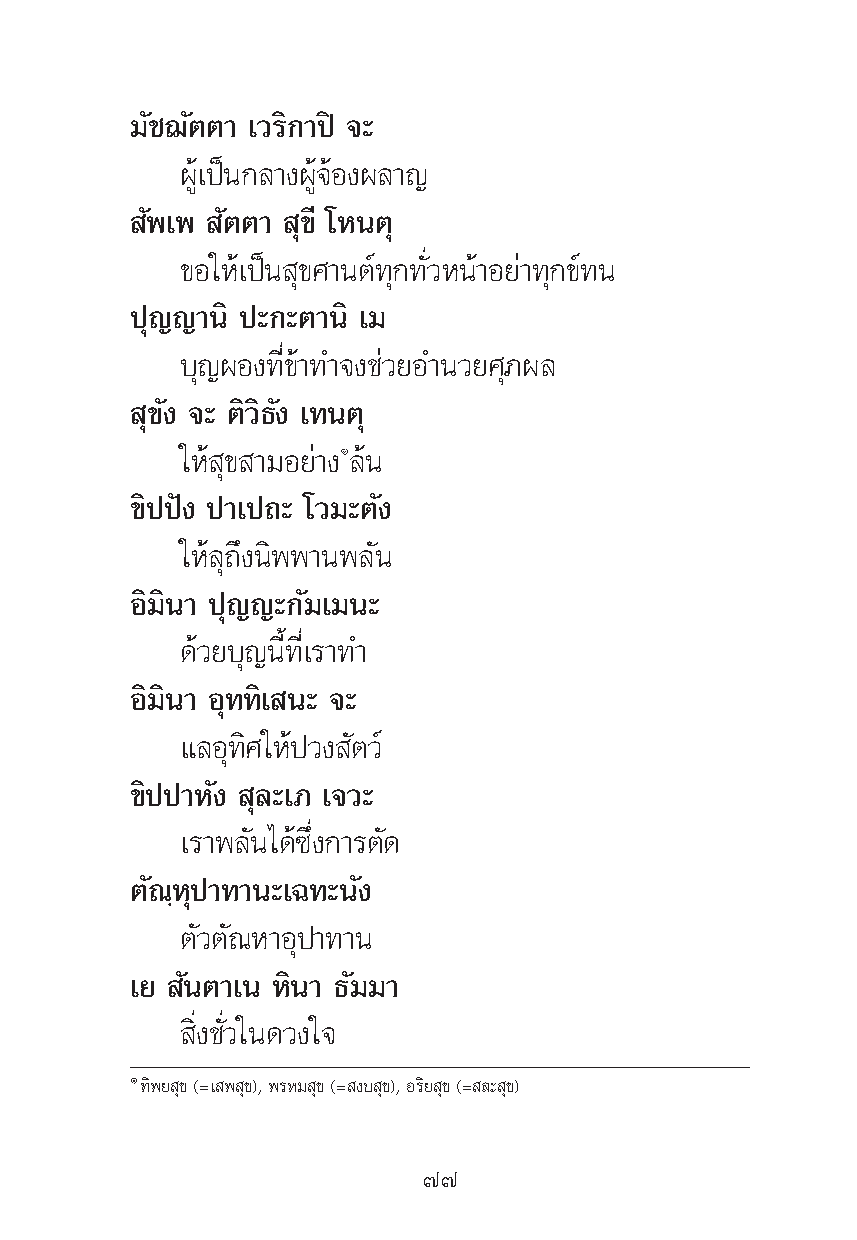
¡—™¨—μμ“ ‡«√‘°“ªî ®–
 ºŸâ‡ªìπ°≈“ßºŸâ®âÕßº≈“≠
 —æ‡æ —μμ“ ÿ¢’ ‚Àπμÿ
 ¢Õ„Àâ‡ªìπ ÿ¢»“πμå∑ÿ°∑—Ë«Àπâ“Õ¬à“∑ÿ°¢å∑π
 ªÿ≠≠“π‘ ª–°–μ“π‘ ‡¡
 ∫ÿ≠ºÕß∑’Ë¢â“∑”®ß™à«¬Õ”π«¬»ÿ¿º≈
 ÿ¢—ß ®– μ‘«‘∏—ß ‡∑πμÿ
 „Àâ ÿ¢ “¡Õ¬à“ßÒ≈âπ
 ¢‘ªªíß ª“‡ª∂– ‚«¡–μ—ß
 „Àâ≈ÿ∂÷ßπ‘ææ“πæ≈—π
 Õ‘¡‘π“ ªÿ≠≠–°—¡‡¡π–
 ¥â«¬∫ÿ≠π’È∑’Ë‡√“∑”
 Õ‘¡‘π“ Õÿ∑∑‘‡ π– ®–
 ·≈Õÿ∑‘»„Àâª«ß —μ«å
 ¢‘ªª“À—ß ÿ≈–‡¿ ‡®«–
 ‡√“æ≈—π‰¥â´÷Ëß°“√μ—¥
 μ—≥⁄Àÿª“∑“π–‡©∑–π—ß
 μ—«μ—≥À“Õÿª“∑“π
 ‡¬ —πμ“‡π À‘π“ ∏—¡¡“
 ‘Ëß™—Ë«„π¥«ß„®
 Ò∑‘æ¬ ÿ¢ (=‡ æ ÿ¢),æ√À¡ ÿ¢ (= ß∫ ÿ¢),Õ√‘¬ ÿ¢(= ≈– ÿ¢)
 ˜˜